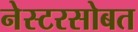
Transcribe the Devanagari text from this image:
नेस्टरसोबत